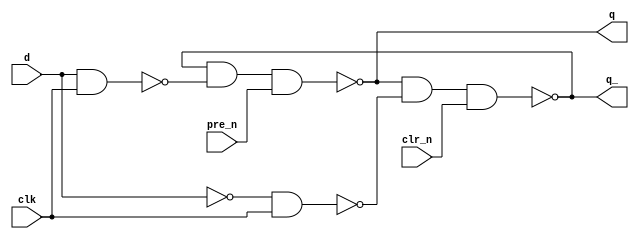
`timescale 1ns / 1ps
//////////////////////////////////////////////////////////////////////////////////
// Company: 
// 
// Design Name: D Latch Structural
// Module Name: D_Latch_Structural
// Project Name: 
// Target Devices: 
// Tool Versions: Vivado 2021.2
// Description: 
// 
// Dependencies: 
// 
// Revision:
// Revision 0.01 - File Created
// Additional Comments:
// 
//////////////////////////////////////////////////////////////////////////////////


module D_Latch_Structural(
    q,          // q
    q_,         // q bar
    clk,        // clock
    pre_n,      // preset bar
    clr_n,      // clear bar
    d           // d
    );
    
    output q;
    output q_;
    input clk;
    input pre_n;
    input clr_n;
    input d;
    
    wire n1, n2;
    
    nand(n1, d, clk);
    nand(n2, ~d, clk);
    nand(q, q_, n1, pre_n);
    nand(q_, q, n2, clr_n);
endmodule